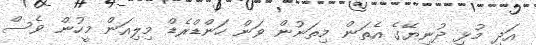
އަދި މުޅި ދުނިޔޭގެ އެތަން މިތަނުން ވަން ހަންޑްރެޑް މިލިއަން މީހުން ވެސް